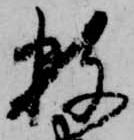
数